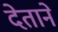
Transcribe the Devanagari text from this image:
देताने